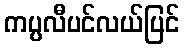
ကပ္ပလီပင်လယ်ပြင်